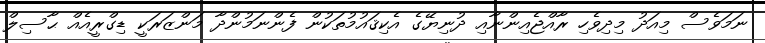
ނަމަވެސް މިއަދު މިދިވެހި ރާއްޖެއިންނާއި ދުނިޔޭގެ އެކިޤައުމުތަކުން ފެންނަމުންދާ މަންޒަރަކީ ޑިގްރީއެއް ޙާސިލް